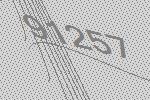
91257